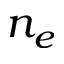
n _ { e }